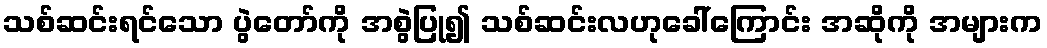
သစ်ဆင်းရင်သော ပွဲတော်ကို အစွဲပြု၍ သစ်ဆင်းလဟုခေါ်ကြောင်း အဆိုကို အများက